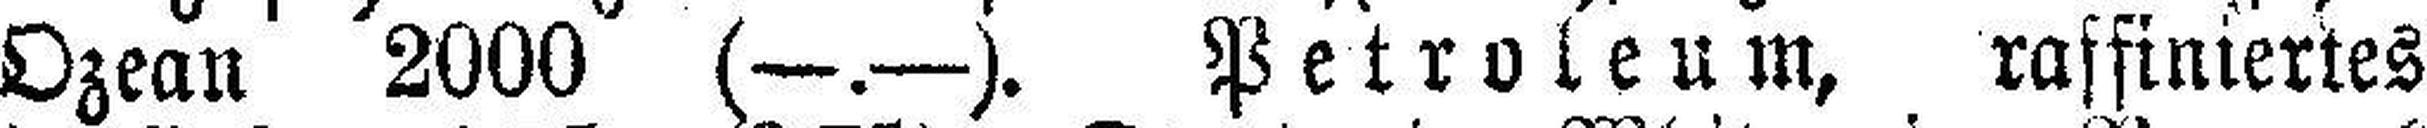
Ozean 2000 (—.—). Petroleum, raffiniertes